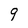
Character: 9